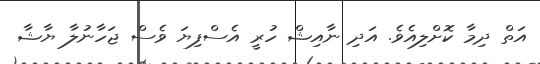
އަތް ދިމާ ކޮށްލިއެވެ. އަދި ނާއިޝް ހުރީ އެސްފިޔަ ވެސް ޖަހާނުލާ ޔާޝާ